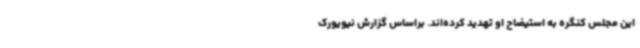
این مجلس کنگره به استیضاح او تهدید کرده‌اند. براساس گزارش نیویورک